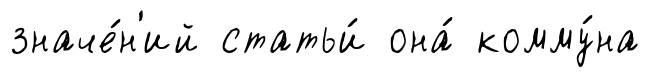
значе́н'ий статьи́ она́ комму́на